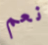
نعم